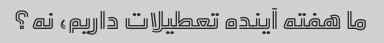
ما هفته آینده تعطیلات داریم، نه؟